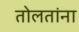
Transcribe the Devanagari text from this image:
तोलतांना